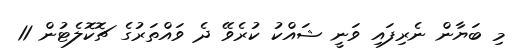
މި ބަޔާން ނެރިފައި ވަނީ ޝައްކު ކުރެވޭ ދެ ވައްތަރުގެ ޗޮކޮލެޓުން 11